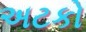
અટકો